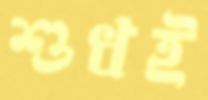
শুধই